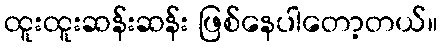
ထူးထူးဆန်းဆန်း ဖြစ်နေပါတော့တယ်။